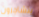
يتشاجرون